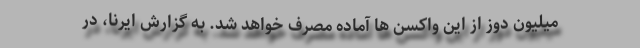
میلیون دوز از این واکسن ها آماده مصرف خواهد شد. به گزارش ایرنا، در